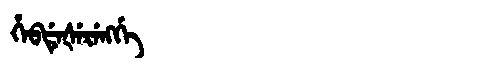
Manchu: ᡥᡝᠪᡩᡝᡧᡝᡵᡝᠩᡤᡝ
Romanization: HEBDEŠERENGGE